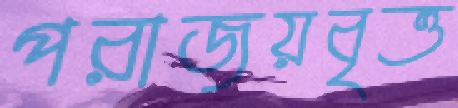
পরাজয়বৃত্ত